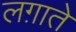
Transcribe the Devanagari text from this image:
लग़ाते